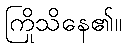
ကြိုသိနေ၏။